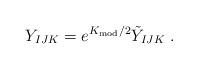
LaTeX: \begin{align*}Y_{IJK} = e^{K_{\rm mod}/2}\tilde{Y}_{IJK}\; .\end{align*}